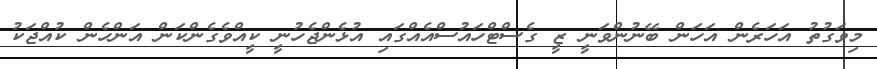
މިވަގުތު އަހަރެން އަހަން ބޭނުންވަނީ ޒީ ގެސްޓްހައުސްއެއްގައި އުޅެންޖެހުނީ ކީއްވެގެންކަން އަންހެން ކުއްޖަކު